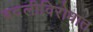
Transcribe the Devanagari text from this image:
बदलीविरोधात